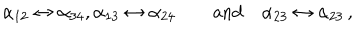
LaTeX: \alpha _ { 1 2 } \leftrightarrow \alpha _ { 3 4 } , \alpha _ { 1 3 } \leftrightarrow \alpha _ { 2 4 } \qquad \mathrm { a n d } \quad \alpha _ { 2 3 } \leftrightarrow \alpha _ { 2 3 } \, ,